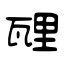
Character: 瓼